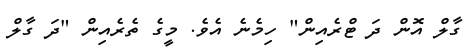
ގާލް އޮން ދަ ޓްރެއިން" ހިމެނެ އެވެ. މީގެ ތެރެއިން "ދަ ގާލް